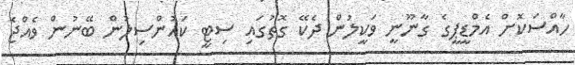
ހާއްސަކޮށް އެމްޑީޕީގެ ގާނޫނީ ވަކީލުން ދެކޭ ގޮތުގައި ސިޓީ ކައުންސިލުން ބޭނުން ވެއްޖެ